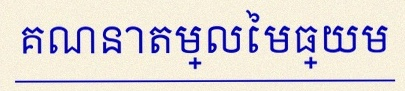
គណនាតម្លៃមធ្យម